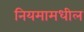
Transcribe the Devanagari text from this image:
नियमामधील